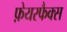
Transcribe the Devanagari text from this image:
फ़ेयरफैक्स